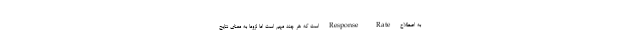
به اصطلاح Response Rate است که هر چند مهم است اما لزوما به معنای نتایج